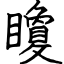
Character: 矎